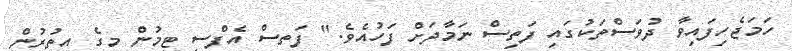
ހަމަޖެހިފައިވާ ދުވަސްތަކުގައި ފަތިސް ނަމާދަށް ފަހުއެވެ." ފަތސް އެފްސީ ޓީމުން މީގެ އިތުރުން